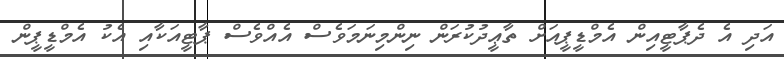
އަދި އެ ދެޕާޓީއިން އެމްޑީޕީއަށް ތާޢީދުކުރަން ނިންމިނަމަވެސް އެއްވެސް ޕާޓީއަކާއި އެކު އެމްޑީޕީން